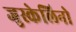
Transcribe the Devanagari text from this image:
जुस्केलिनो